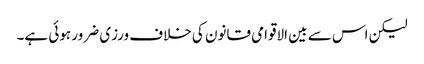
لیکن اس سے بین الاقوامی قانون کی خلاف ورزی ضرور ہوئی ہے۔